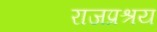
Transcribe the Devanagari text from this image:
राजप्रश्रय